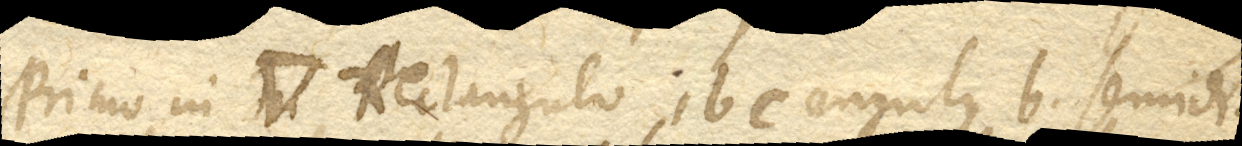
Primo in angle Rectangulo, ibc. angulus b. semidi–